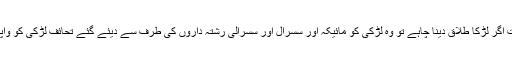
سوال:۲-دوسری صورت اگر لڑکا طلاق دینا چاہے تو وہ لڑکی کو مائیکہ اور سسرال اور سسرالی رشتہ داروں کی طرف سے دیئے گئے تحائف لڑکی کو واپس کرسکتاہے یا نہیں ؟